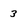
Character: 3